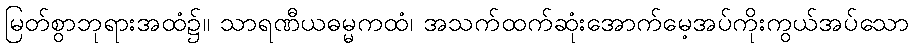
မြတ်စွာဘုရားအထံ၌။ သာရဏီယဓမ္မကထံ၊ အသက်ထက်ဆုံးအောက်မေ့အပ်ကိုးကွယ်အပ်သော